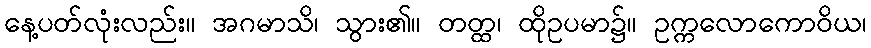
နေ့ပတ်လုံးလည်း။ အဂမာသိ၊ သွား၏။ တတ္ထ၊ ထိုဥပမာ၌။ ဥက္ကလောကောဝိယ၊